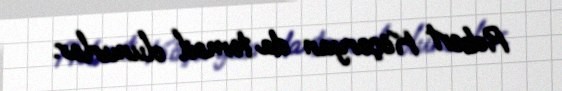
Robert Köçəryan da təmsil olunurlar.